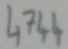
Text: 4744